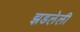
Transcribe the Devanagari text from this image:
झडलेली